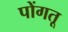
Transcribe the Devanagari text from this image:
पोंगतू